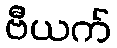
ဗီယက်